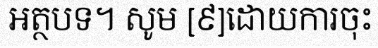
អត្ថបទ។ សូម [៩]ដោយការចុះ